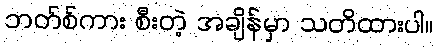
ဘတ်စ်ကား စီးတဲ့ အချိန်မှာ သတိထားပါ။